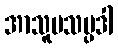
အာသူပသမ္ပဒါ